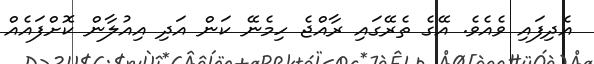
އެދިފައި ވެއެވެ. އޭގެ ތެރޭގައި ރާއްޖެ ހިމެނޭ ކަން އަދި އިއުލާން ކޮށްފައެއް